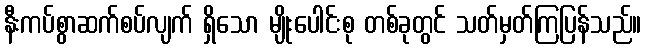
နီးကပ်စွာဆက်စပ်လျက် ရှိသော မျိုးပေါင်းစု တစ်ခုတွင် သတ်မှတ်ကြပြန်သည်။